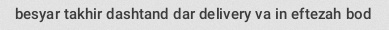
besyar takhir dashtand dar delivery va in eftezah bod